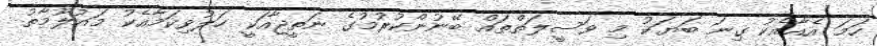
ހަމަ އެއާއެކު ގިނަ ބަޔަކު މި ވަސީލަތްތައް ބޭނުންކުރުމުގެ ނަތީޖާއަކީ ހަލުވިކަމާއެކު މައުލޫމާތު